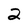
Character: 2